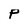
Character: P